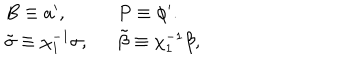
LaTeX: \left. \begin{array} { l l } { { B \equiv a ^ { \prime } , \ \ } } & { { P \equiv \phi ^ { \prime } . } } \\ { { \tilde { \sigma } \equiv \chi _ { 1 } ^ { - 1 } \sigma , \ \ } } & { { \tilde { \beta } \equiv \chi _ { 1 } ^ { - 1 } \beta , } } \\ \end{array} \right.